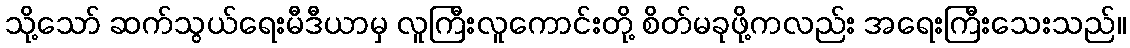
သို့သော် ဆက်သွယ်ရေးမီဒီယာမှ လူကြီးလူကောင်းတို့ စိတ်မခုဖို့ကလည်း အရေးကြီးသေးသည်။